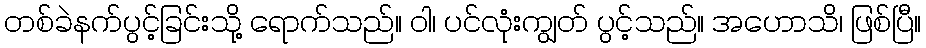
တစ်ခဲနက်ပွင့်ခြင်းသို့ ရောက်သည်။ ဝါ၊ ပင်လုံးကျွတ် ပွင့်သည်။ အဟောသိ၊ ဖြစ်ပြီ။